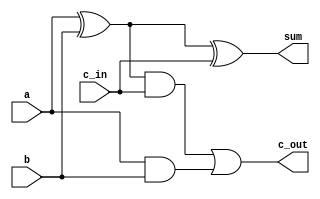
//b12015 ROHIT PATIYAL
//Define 1-bit full adder
module fulladd(sum, c_out, a, b, c_in);

// I/O port declaration
output sum, c_out;
input a, b, c_in;

//internal nets
wire s1, c1, c2;

//Instantiate logic gate primitives
xor xr1(s1, a, b);
xor xr2(sum, s1, c_in);

and ad1(c1, a, b);
and ad2(c2, s1, c_in);
or or1(c_out, c2, c1);

endmodule